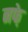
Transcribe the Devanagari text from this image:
नफे़